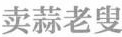
卖蒜老叟